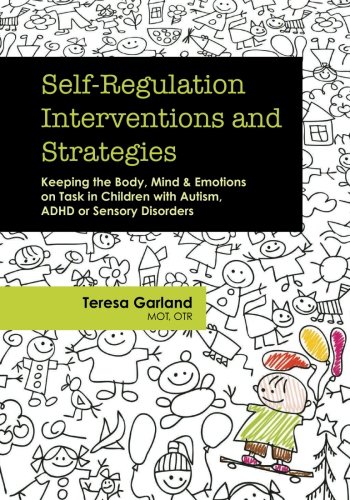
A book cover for Self-Regulation Interventions and Strategies: Keeping the Body, Mind & Emotions on Task in Children with Autism, ADHD or Sensory Disorders; Teresa Garland; Parenting & Relationships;